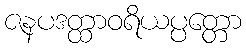
ဇနပဒတ္ထာဝရိယပ္ပတ္တော